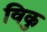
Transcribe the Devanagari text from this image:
विकु